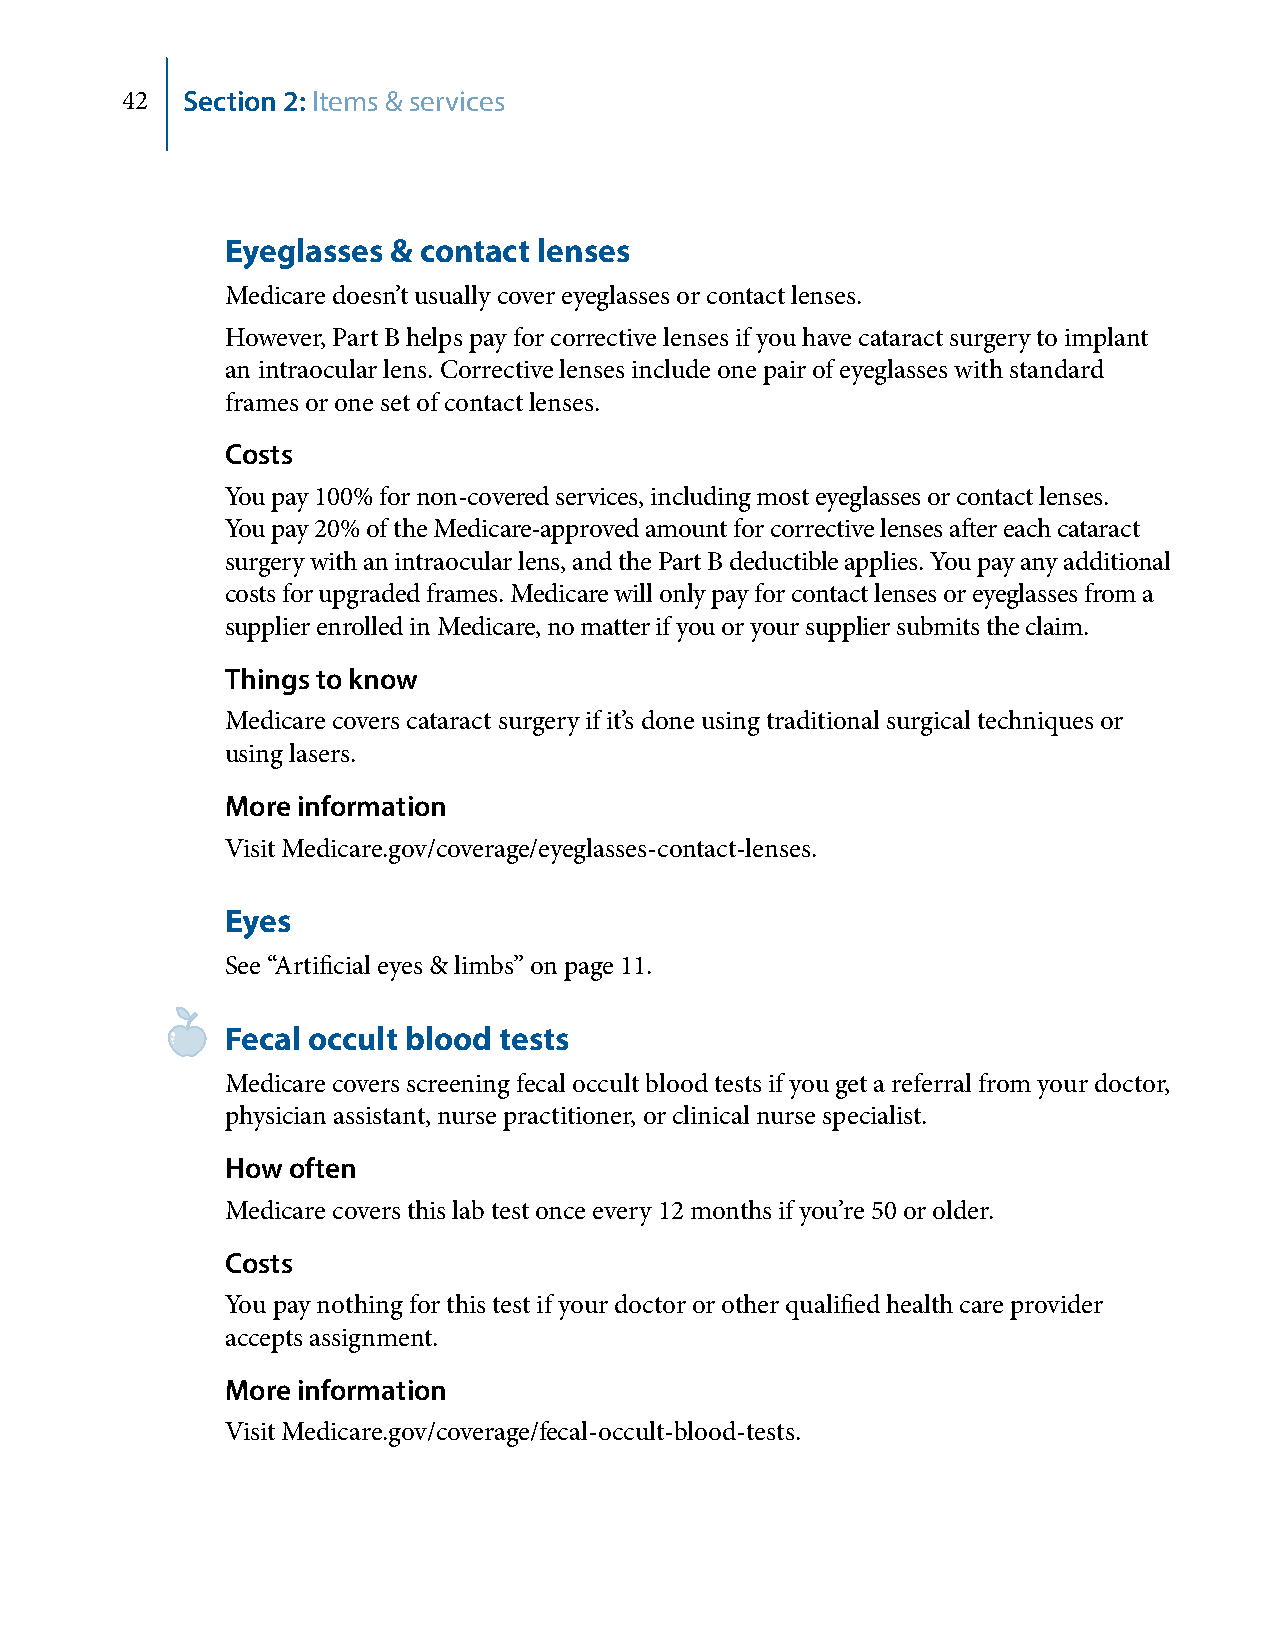
42  Section 2: Items & services
 Eyeglasses & contact lenses
 Medicare doesn’t usually cover eyeglasses or contact lenses.
 However, Part B helps pay for corrective lenses if you have cataract surgery to implant
 an intraocular lens. Corrective lenses include one pair of eyeglasses with standard
 frames or one set of contact lenses.
 Costs
 You pay 100% for non-covered services, including most eyeglasses or contact lenses.
 You pay 20% of the Medicare-approved amount for corrective lenses after each cataract
 surgery with an intraocular lens, and the Part B deductible applies. You pay any additional
 costs for upgraded frames. Medicare will only pay for contact lenses or eyeglasses from a
 supplier enrolled in Medicare, no matter if you or your supplier submits the claim.
 Things to know
 Medicare covers cataract surgery if it’s done using traditional surgical techniques or
 using lasers.
 More information
 Visit Medicare.gov/coverage/eyeglasses-contact-lenses.
 Eyes
 See “Artificial eyes & limbs” on page 11.
 Fecal occult blood tests
 Medicare covers screening fecal occult blood tests if you get a referral from your doctor,
 physician assistant, nurse practitioner, or clinical nurse specialist.
 How often
 Medicare covers this lab test once every 12 months if you’re 50 or older.
 Costs
 You pay nothing for this test if your doctor or other qualified health care provider
 accepts assignment.
 More information
 Visit Medicare.gov/coverage/fecal-occult-blood-tests.